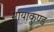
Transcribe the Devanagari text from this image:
मायाकुण्ड